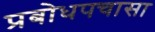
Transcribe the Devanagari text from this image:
प्रबोधपचासा